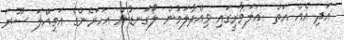
އަދި އެއް އަތް  އަލަމާރީގައި ވިއްދާލަމުން ލޯގަނޑުން އަހަރެންގެ އަމިއްލަ ސޫރަ